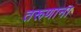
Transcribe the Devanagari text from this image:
तरूणाना